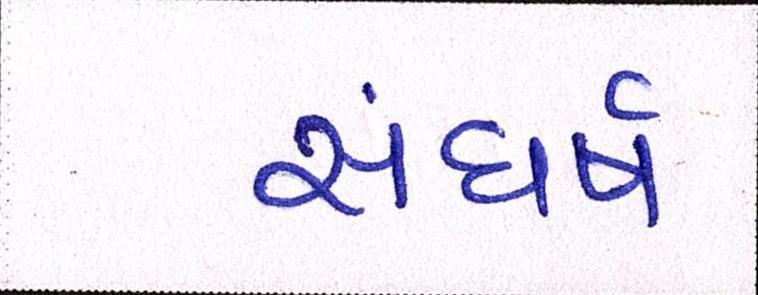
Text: સંઘર્ષ